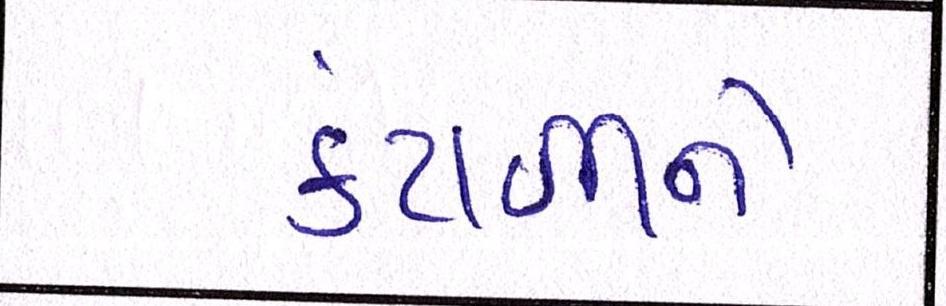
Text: કંટાળીને